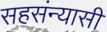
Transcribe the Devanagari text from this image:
सहसंन्यासी